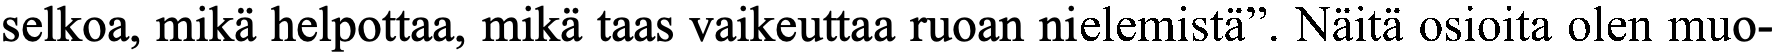
selkoa, mikä helpottaa, mikä taas vaikeuttaa ruoan nielemistä”. Näitä osioita olen muo-